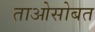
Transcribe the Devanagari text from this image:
ताओसोबत